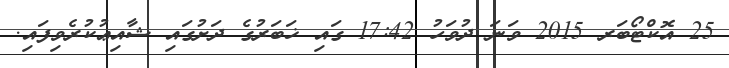
25 އޮކްޓޯބަރ 2015 ވަނަ ދުވަހު 17:42 ގައި ޚަބަރުގެ ދަށުގައި ޝާއިޢުކުރެވިފައި.